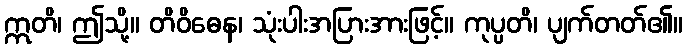
ဣတိ၊ ဤသို့။ တိဝိဓေန၊ သုံးပါးအပြားအားဖြင့်။ ကုပ္ပတိ၊ ပျက်တတ်၏။